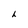
Character: h